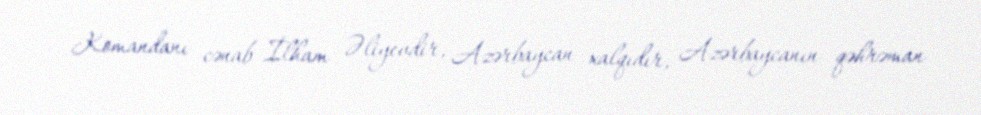
Komandanı cənab İlham Əliyevdir, Azərbaycan xalqıdır, Azərbaycanın qəhrəman